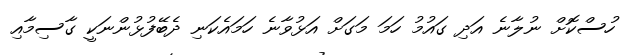
ހުސްކޮށް ނުލާނެ އަދި ގައުމު ހަމަ މަގަށް އަޅުވާނެ ހަމައެކަނި ދެބޭފުޅުންނަކީ ގާސިމާއި